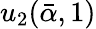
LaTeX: u_{2}(\bar{\alpha},1)